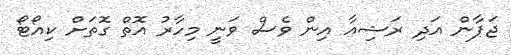
ޖަޕާން އަދި ރަޝިއާ އިން ވެސް ވަނީ މިހާރު އޮތް ގޮތަށް ކިއޯޓޯ